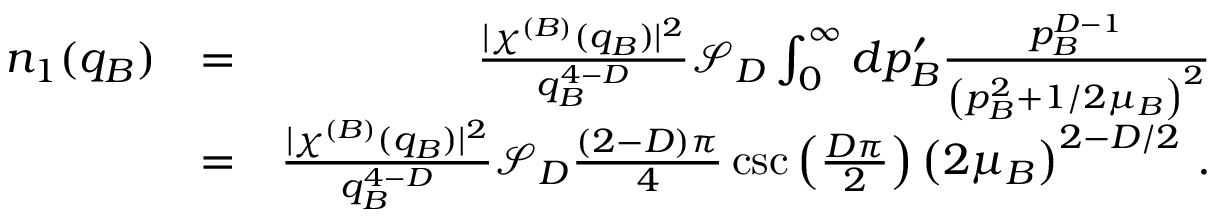
\begin{array} { r l r } { n _ { 1 } ( q _ { B } ) } & { = } & { \frac { \lvert \chi ^ { ( B ) } ( q _ { B } ) \rvert ^ { 2 } } { q _ { B } ^ { 4 - D } } \mathcal { S } _ { D } \int _ { 0 } ^ { \infty } d p _ { B } ^ { \prime } \frac { p _ { B } ^ { D - 1 } } { \left( p _ { B } ^ { 2 } + 1 / 2 \mu _ { B } \right) ^ { 2 } } } \\ & { = } & { \frac { \lvert \chi ^ { ( B ) } ( q _ { B } ) \rvert ^ { 2 } } { q _ { B } ^ { 4 - D } } \mathcal { S } _ { D } \frac { ( 2 - D ) \pi } { 4 } \csc \left( \frac { D \pi } { 2 } \right) \left( 2 \mu _ { B } \right) ^ { 2 - D / 2 } \, . } \end{array}